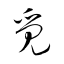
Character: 覓